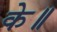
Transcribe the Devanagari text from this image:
के॥